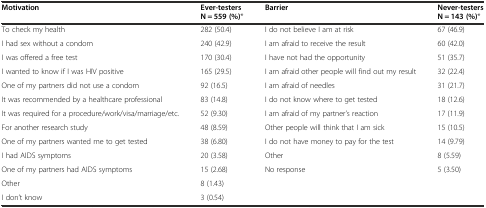
| Motivation | Ever-testers N = 559 (%)* | Barrier | Never-testers N = 143 (%)* |
 | --- | --- | --- | --- |
 | To check my health | 282 (50.4) | I do not believe I am at risk | 67 (46.9) |
 | I had sex without a condom | 240 (42.9) | I am afraid to receive the result | 60 (42.0) |
 | I was offered a free test | 170 (30.4) | I have not had the opportunity | 51 (35.7) |
 | I wanted to know if I was HIV positive | 165 (29.5) | I am afraid other people will find out my result | 32 (22.4) |
 | One of my partners did not use a condom | 92 (16.5) | I am afraid of needles | 31 (21.7) |
 | It was recommended by a healthcare professional | 83 (14.8) | I do not know where to get tested | 18 (12.6) |
 | It was required for a procedure/work/visa/marriage/etc. | 52 (9.30) | I am afraid of my partner’s reaction | 17 (11.9) |
 | For another research study | 48 (8.59) | Other people will think that I am sick | 15 (10.5) |
 | One of my partners wanted me to get tested | 38 (6.80) | I do not have money to pay for the test | 14 (9.79) |
 | I had AIDS symptoms | 20 (3.58) | Other | 8 (5.59) |
 | One of my partners had AIDS symptoms | 15 (2.68) | No response | 5 (3.50) |
 | Other | 8 (1.43) |  |  |
 | I don’t know | 3 (0.54) |  |  |